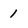
Character: 1